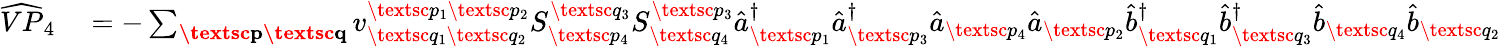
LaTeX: \begin{array}{rl}{\widehat{VP}_{4}}&{{}=-\sum_{\textbf{\textsc{p}}\textbf{\textsc{q}}}{v}_{\textsc{q}_{1}\textsc{q}_{2}}^{\textsc{p}_{1}\textsc{p}_{2}}S_{\textsc{p}_{4}}^{\textsc{q}_{3}}S_{\textsc{q}_{4}}^{\textsc{p}_{3}}\hat{a}_{\textsc{p}_{1}}^{\dagger}\hat{a}_{\textsc{p}_{3}}^{\dagger}\hat{a}_{\textsc{p}_{4}}\hat{a}_{\textsc{p}_{2}}\hat{b}_{\textsc{q}_{1}}^{\dagger}\hat{b}_{\textsc{q}_{3}}^{\dagger}\hat{b}_{\textsc{q}_{4}}\hat{b}_{\textsc{q}_{2}}}\end{array}